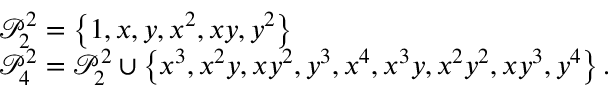
\begin{array} { r l } & { \mathcal { P } _ { 2 } ^ { 2 } = \left\{ 1 , x , y , x ^ { 2 } , x y , y ^ { 2 } \right\} } \\ & { \mathcal { P } _ { 4 } ^ { 2 } = \mathcal { P } _ { 2 } ^ { 2 } \cup \left\{ x ^ { 3 } , x ^ { 2 } y , x y ^ { 2 } , y ^ { 3 } , x ^ { 4 } , x ^ { 3 } y , x ^ { 2 } y ^ { 2 } , x y ^ { 3 } , y ^ { 4 } \right\} . } \end{array}